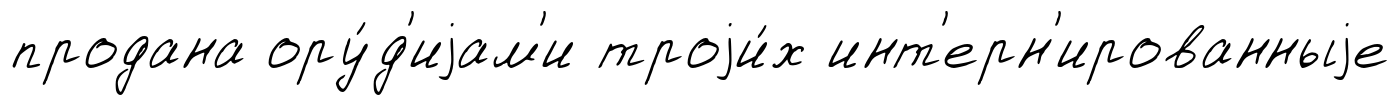
продана ору́д'иjам'и троjи́х инт'ерн'ированныjе